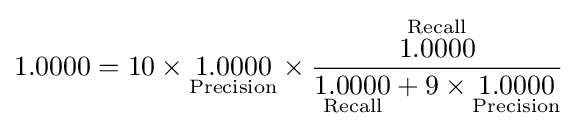
1.0000=10\times {\underset {\text{Precision}}{1.0000}}\times {\frac {\overset {\text{Recall}}{1.0000}}{{\underset {\text{Recall}}{1.0000}}+9\times {\underset {\text{Precision}}{1.0000}}}}